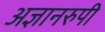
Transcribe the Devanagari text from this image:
अज्ञानरुपी